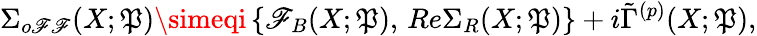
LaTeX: \Sigma_{o\mathscr{F}\mathscr{F}}(X;\mathfrak{P})\simeqi\left\{ \mathscr{F}_{B}(X;\mathfrak{P}),\, Re\Sigma_{R}(X;\mathfrak{P})\right\} +i\tilde{{\Gamma}}^{(p)}(X;\mathfrak{P}),